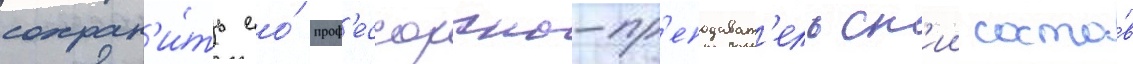
сохран'и́ть ео́ проф'ессорско-пр'еподават'ельск'ии соста́в